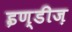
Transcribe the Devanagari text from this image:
इण्डीज़